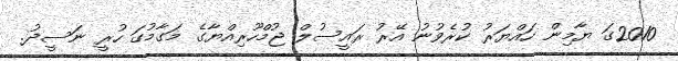
2010ގަ ޔާމިން ހައްޔަރު ކުރެވުނު އޭރު ރައީސުލް ޖުމްހޫރިއްޔާގެ މަގާމުގަ ހުރީ ނަސީދު.